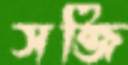
সব্জি